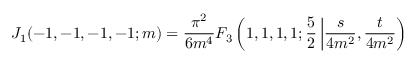
J _ { 1 } ( - 1 , - 1 , - 1 , - 1 ; m ) = \frac { \pi ^ { 2 } } { 6 m ^ { 4 } } F _ { 3 } \left( 1 , 1 , 1 , 1 ; \frac { 5 } { 2 } \left| \frac { s } { 4 m ^ { 2 } } , \frac { t } { 4 m ^ { 2 } } \right) \right.